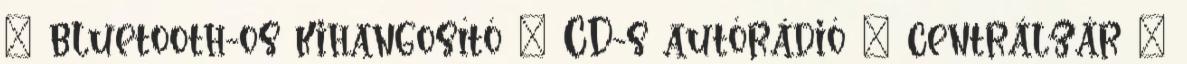
– bluetooth-os kihangosító – CD-s autórádió – centrálzár –